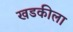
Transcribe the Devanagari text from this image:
खडकीला